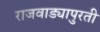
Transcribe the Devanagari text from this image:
राजवाड्यापुरती